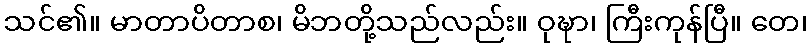
သင်၏။ မာတာပိတာစ၊ မိဘတို့သည်လည်း။ ဝုဍ္ဎာ၊ ကြီးကုန်ပြီ။ တေ၊